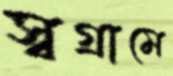
স্বগ্রামে